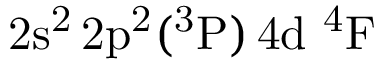
\mathrm { 2 s ^ { 2 } \, 2 p ^ { 2 } ( ^ { 3 } P ) \, 4 d ~ ^ { 4 } F }